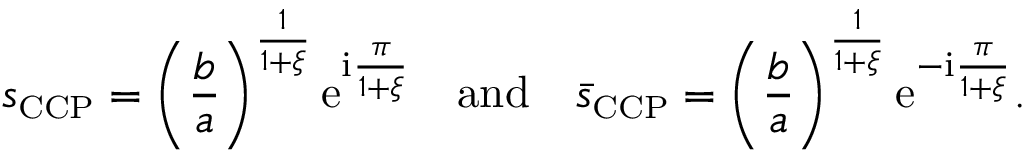
s _ { \scriptscriptstyle { \mathrm { C C P } } } = \left( \frac { b } { a } \right) ^ { \frac { 1 } { 1 + \xi } } \mathrm { e } ^ { \mathrm { i } \frac { \pi } { 1 + \xi } } \quad \mathrm { a n d } \quad \bar { s } _ { \scriptscriptstyle { \mathrm { C C P } } } = \left( \frac { b } { a } \right) ^ { \frac { 1 } { 1 + \xi } } \mathrm { e } ^ { - \mathrm { i } \frac { \pi } { 1 + \xi } } .